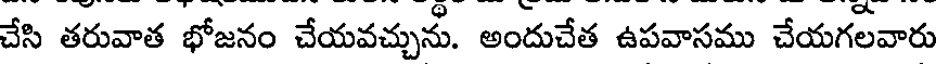
చేసి తరువాత భోజనం చేయవచ్చును. అందుచేత ఉపవాసము చేయగలవారు